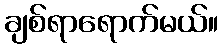
ချစ်ရာရောက်မယ်။